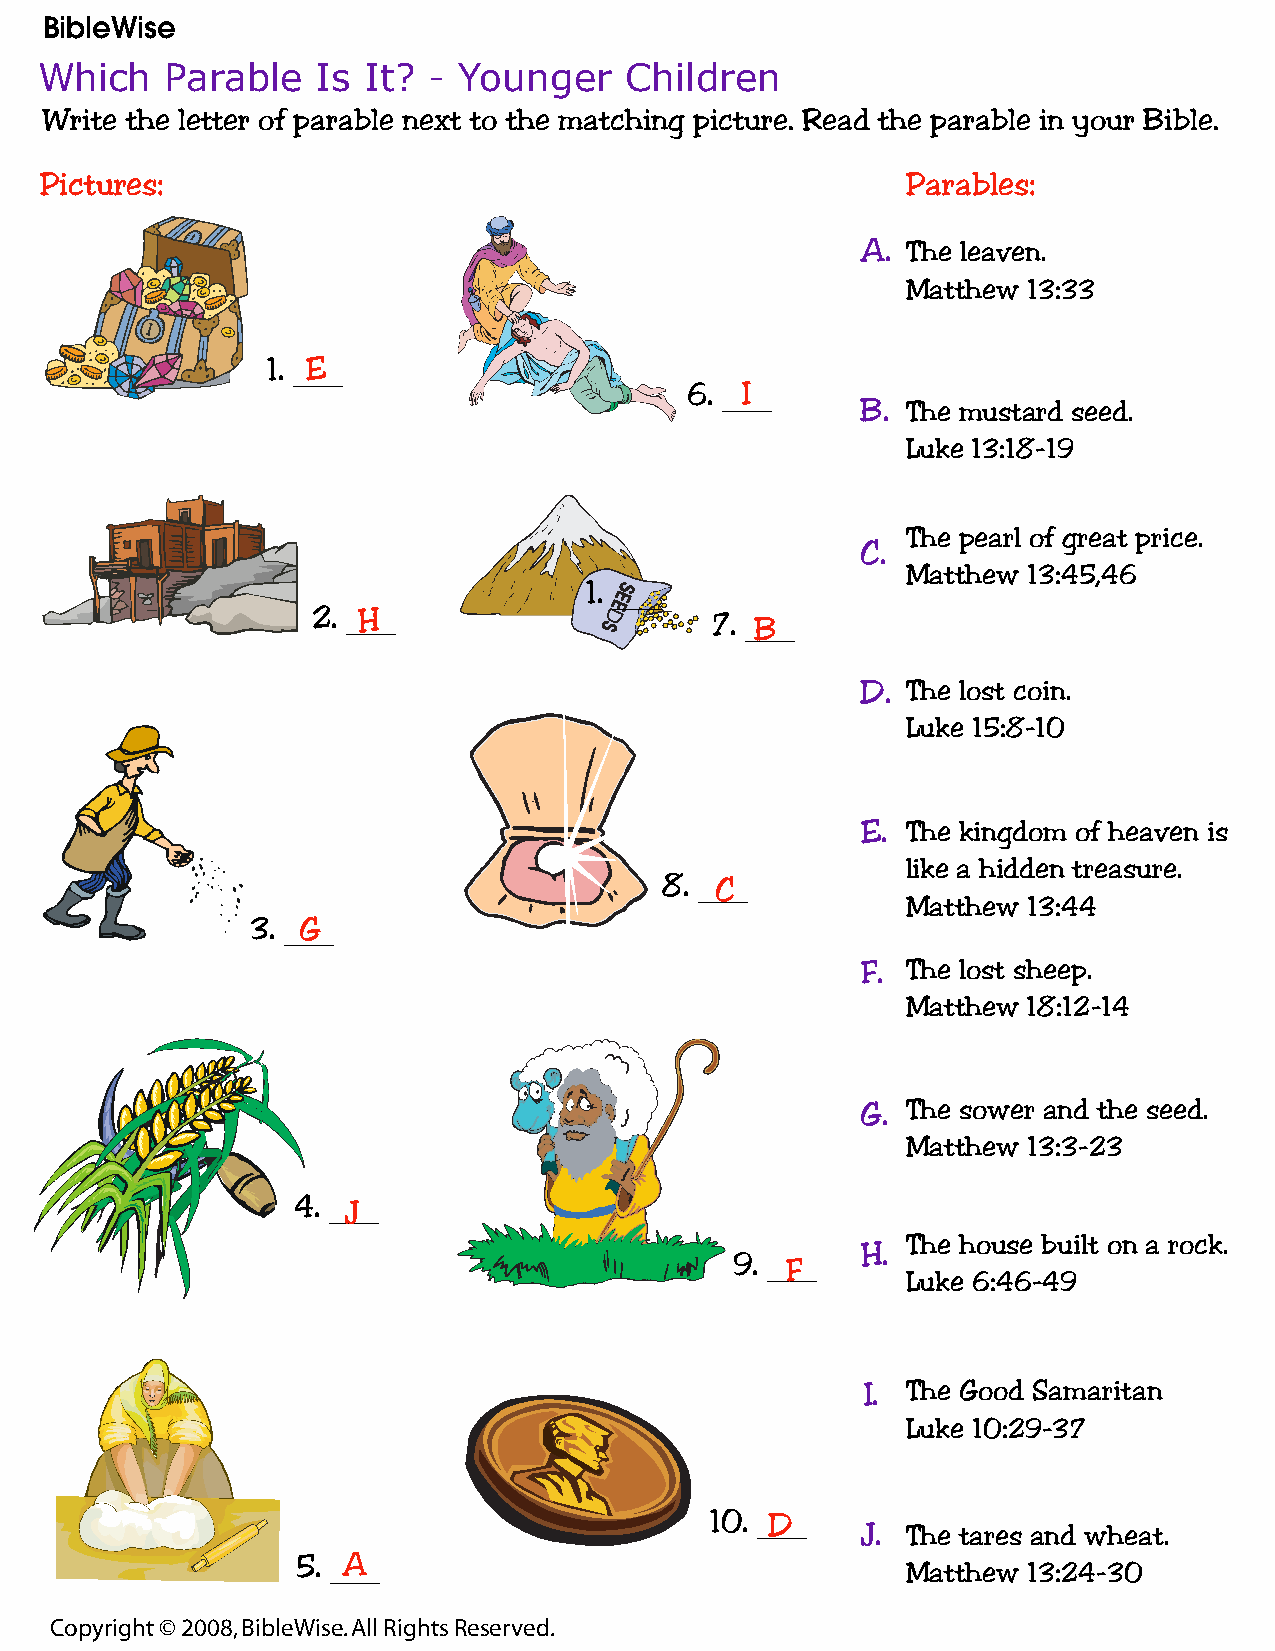
BibleWise
 Which    Parable   Is It? - Younger    Children
 Write the letter of parable next to the matching picture. Read the parable in your Bible.
 Pictures:                                                Parables:
 A. The leaven.
 Matthew 13:33
 1. __E___
 6. __I___
 B. The mustard seed.
 Luke 13:18-19
 The pearl of great price.
 C.
 Matthew 13:45,46
 1. _____
 2. __H___
 7. _B____
 D. The lost coin.
 Luke 15:8-10
 E. The kingdom of heaven is
 like a hidden treasure.
 8. __C___
 Matthew 13:44
 3. __G___
 F. The lost sheep.
 Matthew 18:12-14
 G. The sower and the seed.
 Matthew 13:3-23
 4. _____
 J
 The house built on a rock.
 H.
 9. __F___
 Luke 6:46-49
 I. The Good Samaritan
 Luke 10:29-37
 10. __D___
 J. The tares and wheat.
 5. __A___
 Matthew 13:24-30
 Copyright © 2008, BibleWise. All Rights Reserved.